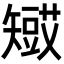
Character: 𥐋